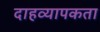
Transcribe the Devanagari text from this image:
दाहव्यापकता